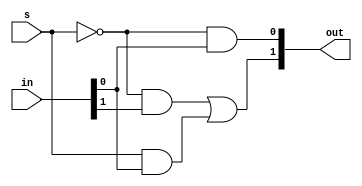
module two_bit_shifter(
	input [1:0] in,
	input s,
	output [1:0] out
	);

assign out[0] = (~s) & in[0]; 
assign out[1] = ((~s) & in[1]) | (s & in[0]);

endmodule